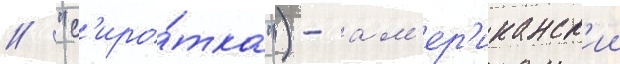
/ "с'иро́тка") - ам'ер'иканск'ии